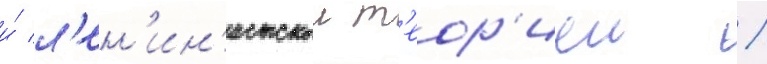
и́ л'ен'ин'истскои т'еор'иеи /